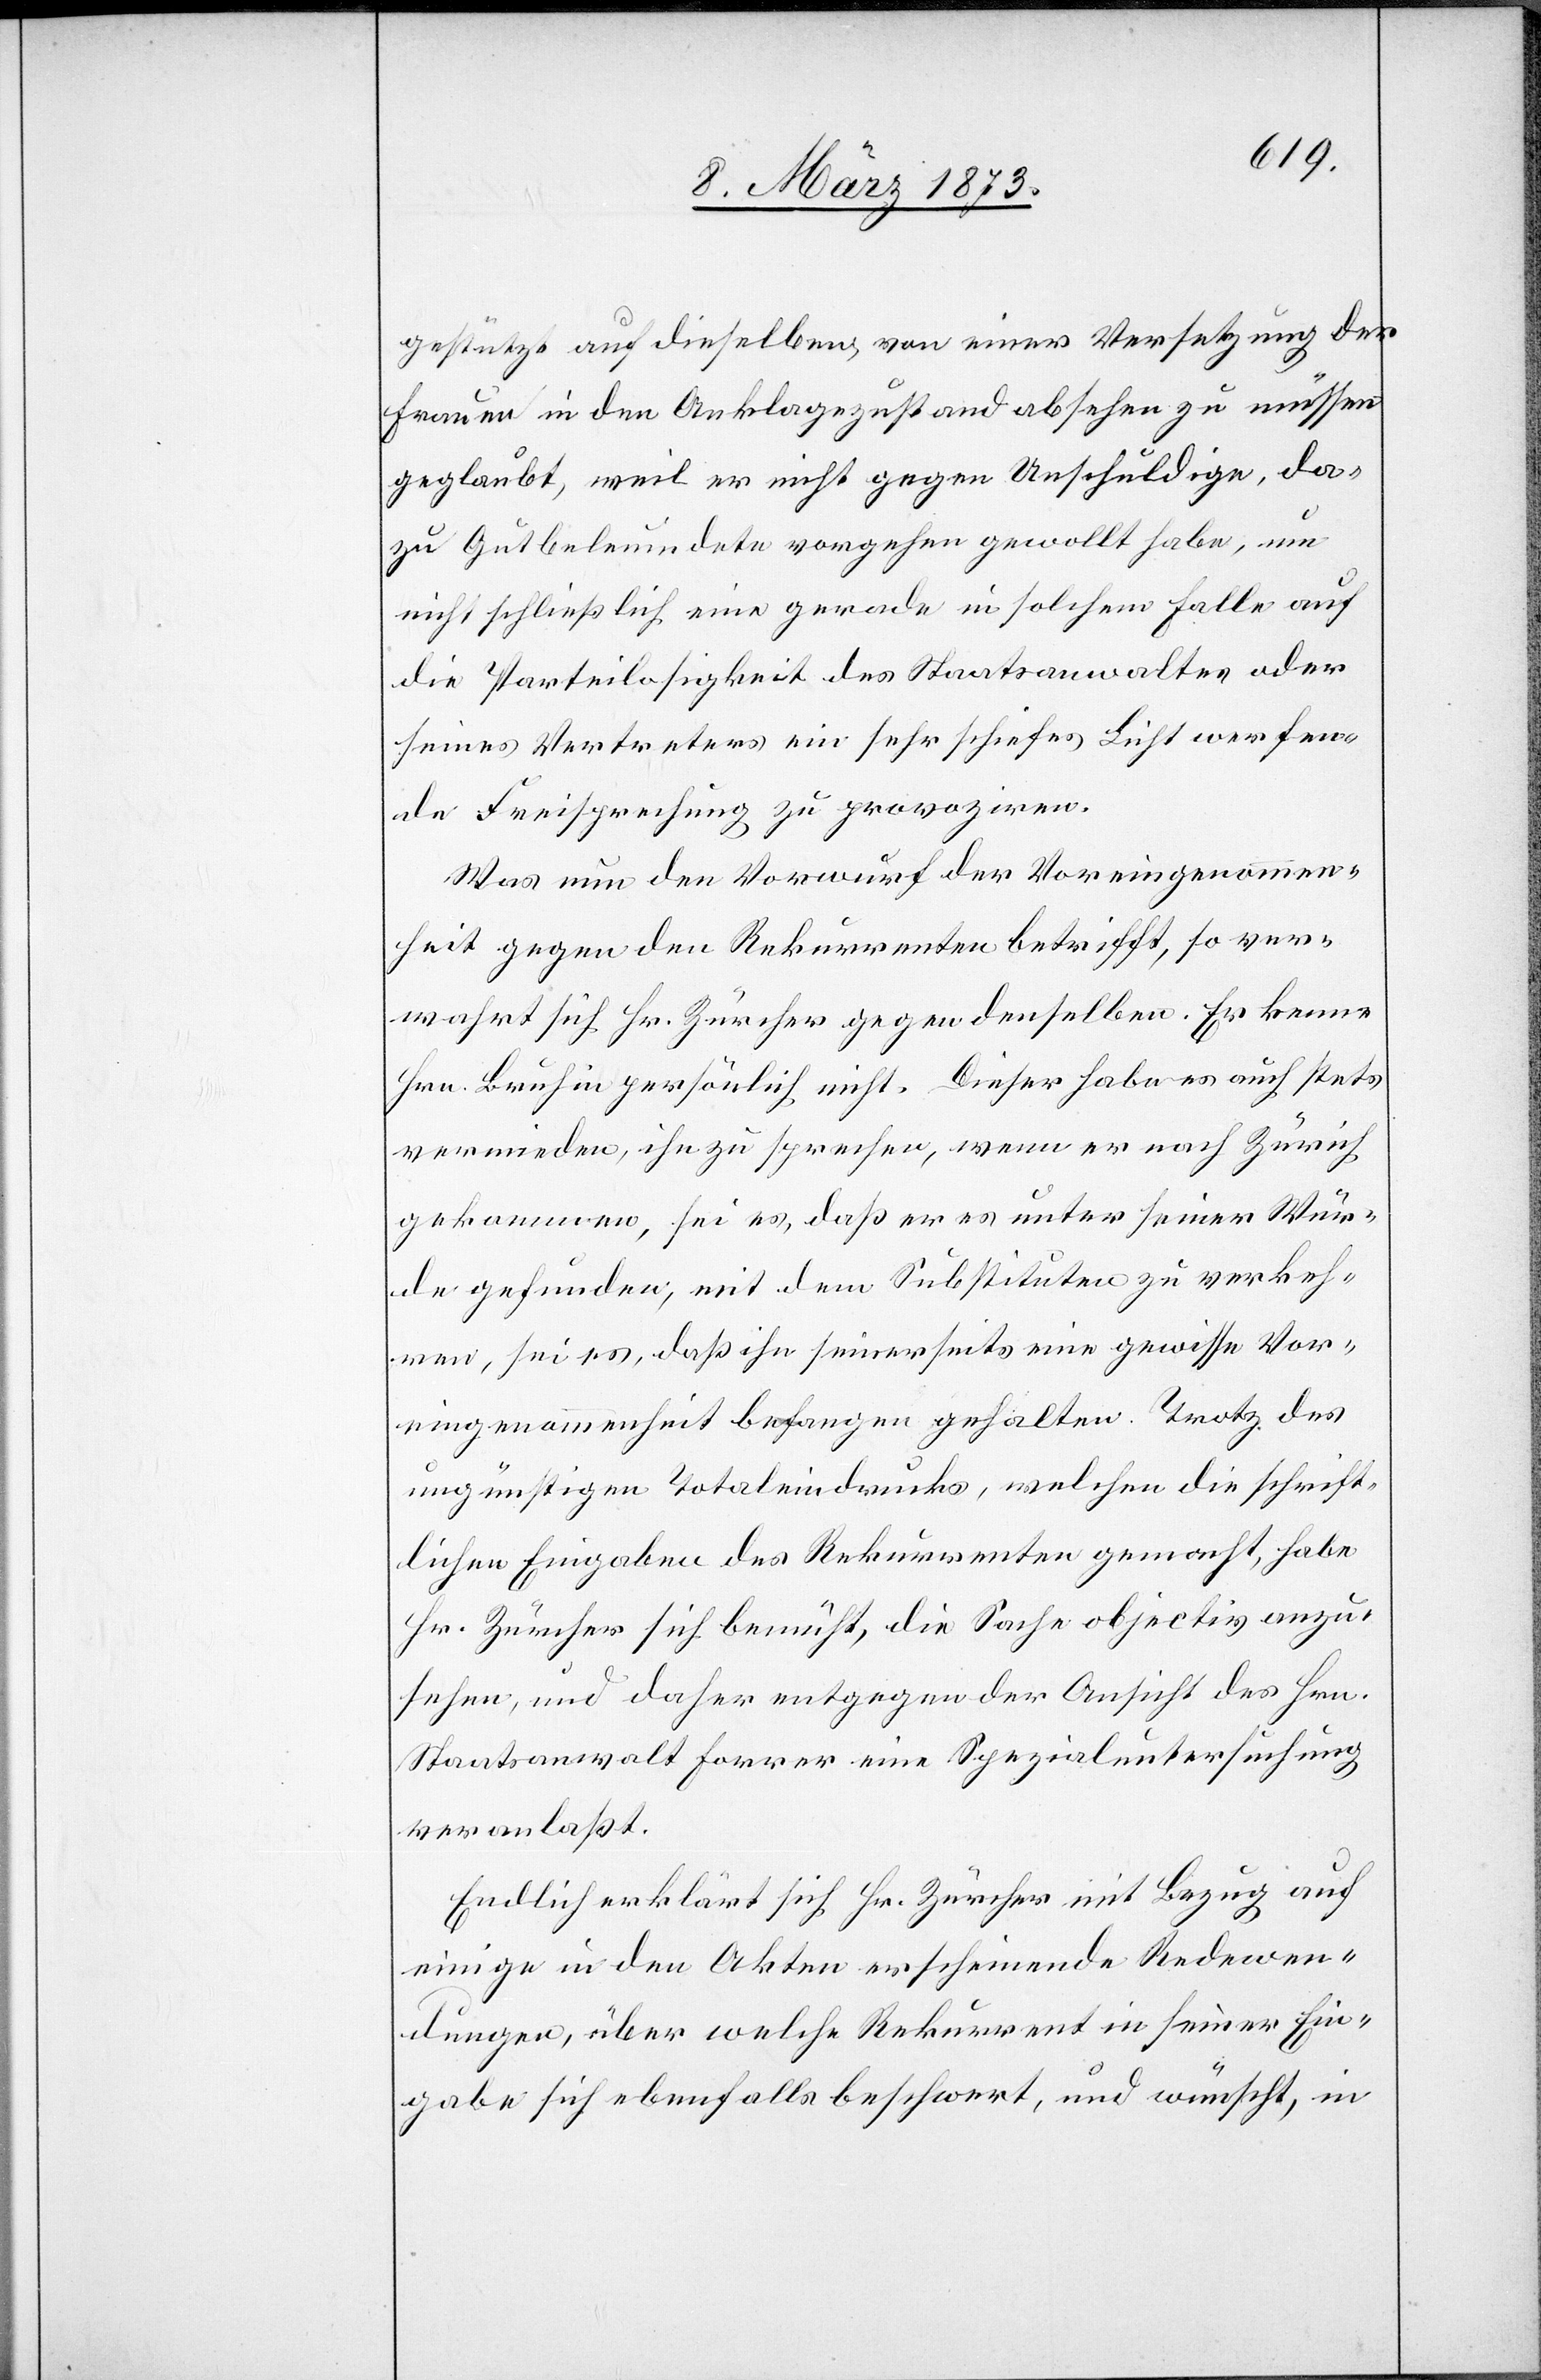
gestützt auf dieselben von einer Versetzung der
Frauen in den Anklagezustand absehen zu müssen
geglaubt, weil er nicht gegen Unschuldige, da¬
zu Gutbeleumdete vorgehen gewollt habe, um
nicht schließlich eine gerade in solchem Falle auf
die Parteilosigkeit des Staatsanwaltes oder
seines Vertreters ein sehr schiefes Licht werfen¬
de Freisprechung zu provoziren.
Was nun den Vorwurf der Voreingenommen¬
heit gegen den Rekurrenten betrifft, so ver¬
wahrt sich Hr. Zürcher gegen denselben. Er kenne
Hrn. Bruhin persönlich nicht. Dieser habe es auch stets
vermieden, ihn zu sprechen, wenn er nach Zürich
gekommen, sei es, daß er es unter seiner Wür¬
de gefunden, mit dem Substituten zu verkeh¬
ren, sei es, daß ihn seinerseits eine gewisse Vor¬
eingenommenheit befangen gehalten. Trotz des
ungünstigen Totaleindrucks, welchen die schrift¬
lichen Eingaben des Rekurrenten gemacht, habe
Hr. Zürcher sich bemüht, die Sache objectiv anzu¬
sehen, und daher entgegen der Ansicht des Hrn.
Staatsanwalt Forrer eine Spezialuntersuchung
veranlaßt.
Endlich erklärt sich Hr. Zürcher mit Bezug auf
einige in den Akten erscheinende Redewen¬
dungen, über welche Rekurrent in seiner Ein¬
gabe sich ebenfalls beschwert, und wünscht, in